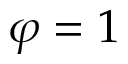
\varphi = 1